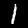
Label: 1